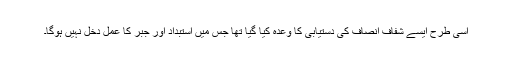
اسی طرح ایسے شفاف انصاف کی دستیابی کا وعدہ کیا گیا تھا جس میں استبداد اور جبر کا عمل دخل نہیں ہوگا۔